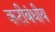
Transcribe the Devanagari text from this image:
कटीबंधीय